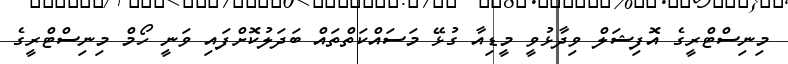
މިނިސްޓްރީގެ އޮފިޝަލް ވިދާޅުވީ މީޑިއާ ގުޅޭ މަސައްކަތްތައް ބަދަލުކޮށްފައި ވަނީ ހޯމް މިނިސްޓްރީގެ